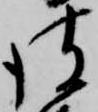
彼